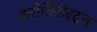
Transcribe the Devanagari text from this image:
करोतिनोइद्स्